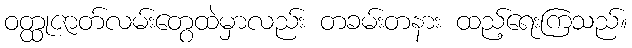
ဝတ္ထုဇာတ်လမ်းတွေထဲမှာလည်း တခမ်းတနား ထည့်ရေးကြသည်။